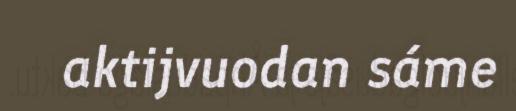
aktijvuodan sáme